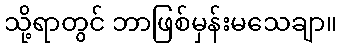
သို့ရာတွင် ဘာဖြစ်မှန်းမသေချာ။